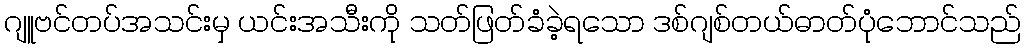
ဂျူဗင်တပ်အသင်းမှ ယင်းအသီးကို သတ်ဖြတ်ခံခဲ့ရသော ဒစ်ဂျစ်တယ်ဓာတ်ပုံဘောင်သည်